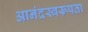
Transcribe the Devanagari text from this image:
आनंदस्वरूपता